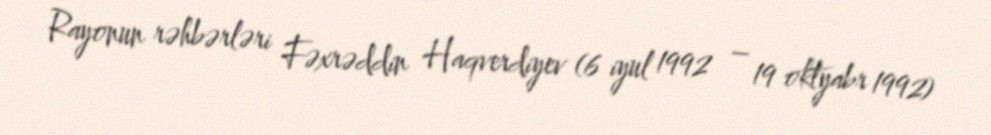
Rayonun rəhbərləri Fəxrəddin Haqverdiyev (6 iyul 1992 – 19 oktyabr 1992)